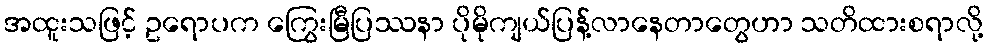
အထူးသဖြင့် ဥရောပက ကြွေးမြီပြဿနာ ပိုမိုကျယ်ပြန့်လာနေတာတွေဟာ သတိထားစရာလို့